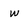
Character: w